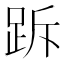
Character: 跅